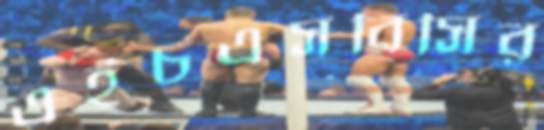
এইচএসবিসির